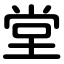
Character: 堂